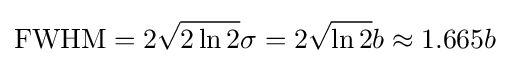
\mathrm {FWHM} =2{\sqrt {2\ln 2}}\sigma =2{\sqrt {\ln 2}}b\approx 1.665b